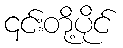
၎င်းတို့ပိုင်